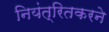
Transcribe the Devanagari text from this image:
नियंत्रितकरने